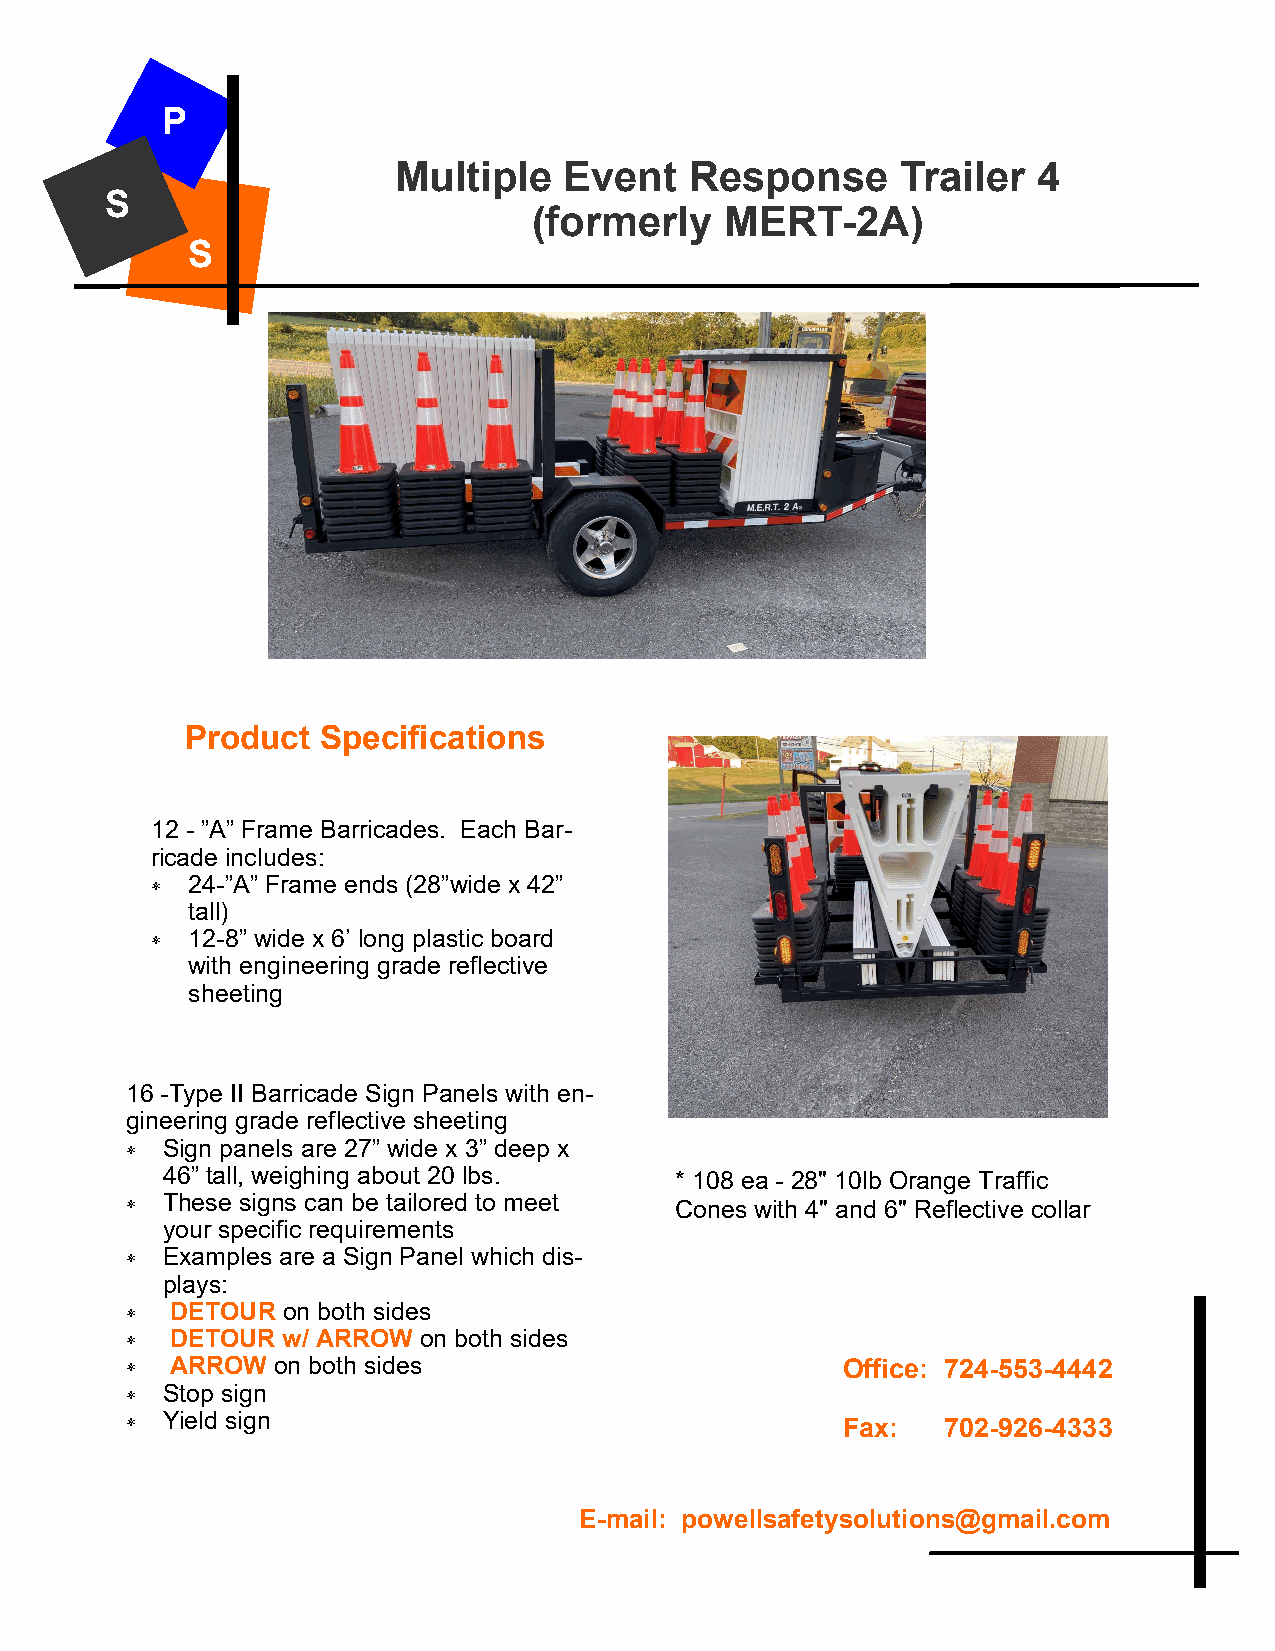
P
 Multiple   Event    Response      Trailer  4
 S
 (formerly    MERT-2A)
 S
 Product  Specifications
 12 - ”A” Frame Barricades. Each Bar-
 ricade includes:
  24-”A” Frame ends (28”wide x 42”
 tall)
  12-8” wide x 6’ long plastic board
 with engineering grade reflective
 sheeting
 16 -Type II Barricade Sign Panels with en-
 gineering grade reflective sheeting
   Sign panels are 27” wide x 3” deep x
 46” tall, weighing about 20 lbs.  * 108 ea - 28" 10lb Orange Traffic
   These signs can be tailored to meet Cones with 4" and 6" Reflective collar
 your specific requirements
   Examples are a Sign Panel which dis-
 plays:
   DETOUR  on both sides
   DETOUR  w/ ARROW on both sides
   ARROW  on both sides                         Office: 724-553-4442
   Stop sign
   Yield sign                                   Fax:  702-926-4333
 E-mail: powellsafetysolutions@gmail.com